Reports on dispensaries and lunatic asylums in the Province of Oudh - 1869-1876
Year: 1869
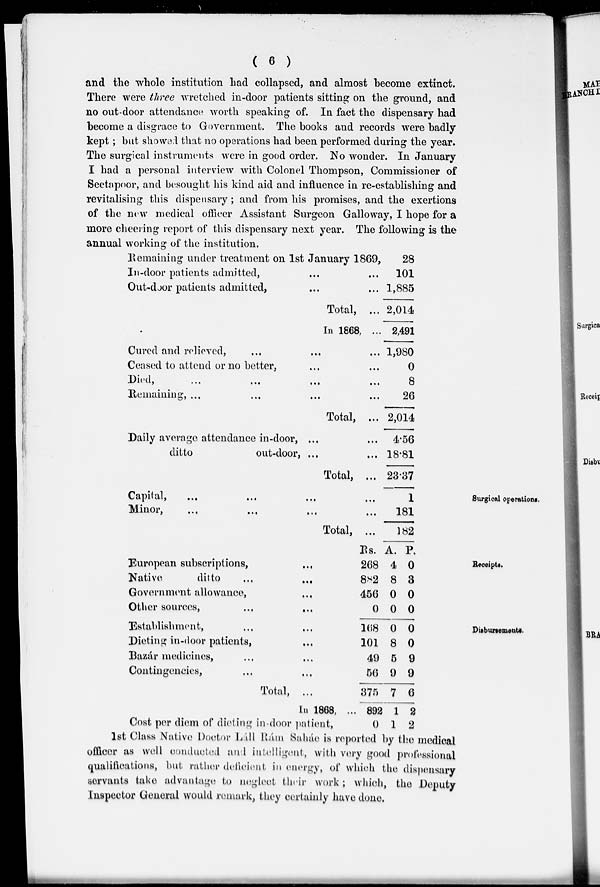
( 6 )
and the whole institution had collapsed, and almost become extinct.
There were three wretched in-door patients sitting on the ground, and
no out-door attendance worth speaking of. In fact the dispensary had
become a disgrace to Government. The books and records were badly
kept ; but showed that no operations had been performed during the year.
The surgical instruments were in good order. No wonder. In January
I had a personal interview with Colonel Thompson, Commissioner of
Seetapoor, and besought his kind aid and influence in re-establishing and
revitalising this dispensary ; and from his promises, and the exertions
of the new medical officer Assistant Surgeon Galloway, I hope for a
more cheering report of this dispensary next year. The following is the
annual working of the institution.
Remaining under treatment on 1st January 1869,
In-door patients admitted, ... ...
Out-door patients admitted, ... ...
Total, ...
In 1868, ...
Cured and relieved, ... ... ...
Ceased to attend or no better, ... ...
Died, ... ... ... ...
Remaining, . . . . . . . . . ...
Total, ...
Daily average attendance in-door, ... ...
ditto
out-door, ... ...
Total, ...
28
101
1,885
2,014
2,491
1,980
0
8
26
2,014
4.56
18.81
23.37
Surgical operations.
Capital,
...
...
...
...
Minor, ... ... ... ...
Total, ...
1
181
182
Receipts.
European subscriptions,
Native
ditto
...
...
Government allowance, ...
Other sources, ... ...
Rs.
268
882
456
0
A.
4
8
0
0
P.
0
3
0
0
Disbursements.
Establishment, ... ...
Dieting in-door patients, ...
Bazár medicines, ... ...
Contingencies, ... ...
Total, ...
In 1868, ...
Cost per diem of dieting in-door patient,
168
101
49
56
375
892
0
0
8
5
9
7
1
1
0
0
9
9
6
2
2
1st Class Native Doctor Láll Rám Saháe is reported by the medical
officer as well conducted and intelligent, with very good professional
qualifications, but rather deficient in energy, of which the dispensary
servants take advantage to neglect their work ; which, the Deputy
Inspector General would remark, they certainly have done.